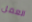
العمل